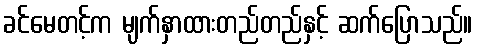
ခင်မေတင့်က မျက်နှာထားတည်တည်နှင့် ဆက်ပြောသည်။